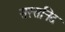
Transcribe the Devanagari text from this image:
सस्सनिद